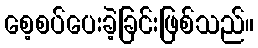
စေ့စပ်ပေးခဲ့ခြင်းဖြစ်သည်။